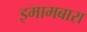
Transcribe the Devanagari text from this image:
इमामबारा